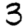
Digit: 3